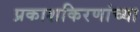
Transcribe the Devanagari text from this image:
प्रकाशकिरणांच्या